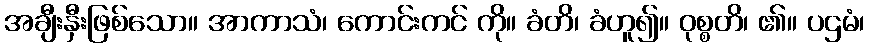
အချီးနှီးဖြစ်သော။ အာကာသံ၊ ကောင်းကင် ကို။ ခံတိ၊ ခံဟူ၍။ ဝုစ္စတိ၊ ၏။ ပဌမံ၊